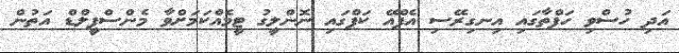
އަދި ހުސްވި ހަފްތާގައި އިނގިރޭސި އެފްއޭ ކަޕްގައި ނޮންލީގު ޓީމެއްކަމަށްވާ މެންސްފީލްޑް އަތުން